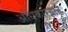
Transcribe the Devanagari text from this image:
अधिकारयाने